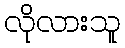
လိုလားသူ